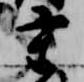
重